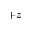
+ z